Report of the King Institute of Preventive Medicine, Guindy
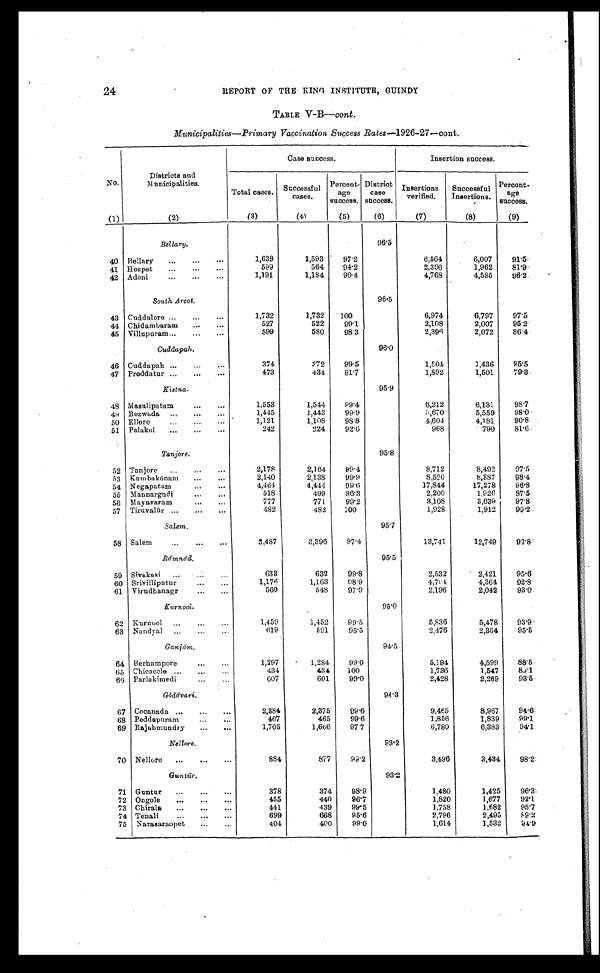
REPORT OF THE KING INSTITUTE, GUINDY
TABLE V-B— cont .
Municipalities—Primary Vaccination Success Rates—1926-27—cont.
Case success.
Insertion success.
N o .
Districts and
M u n i c i p a l i t i e s .
Total cases.
Successful
cases.
Percent-
age
success.
District
case
success.
Insertions
verified.
Successful
Insertions.
Percent-
age
success.
(1)
(2)
(3)
( 4 )
(5)
(6)
(7)
(8)
(9)
Bellary.
96.5
40
Bellary . . .
1,639
1,593
97.2
6,564
6,007
91.5
599
564
94.2
2,396
1,962
81.9
41
Hospet . . .
1,191
1,184
99.4
4,768
4,585
96.2
42
Adoni . . .
South Arcot.
96.5
43
Cuddalore . . .
1,732
1,732
100
6,974
6,797
97.5
44
Chidambaram . . .
527
522
99.1
2,108
2,007
95.2
45
Villupuram . . .
599
580
98.3
2,396
2,072
86.4
Cuddapah.
96.0
46
Cuddapah . . .
374
372
99.5
1,504
1,436
95.5
473
434
91.7
1,892
1,501
79.3
47
Proddatur . . .
Kisna.
95.9
48
Masulipatam . . .
1,553
1,544
99.4
6,212
6,131
98.7
1,445
1,443
99.9
5,670
5,559
98.0
49
Bezwada . . .
1,121
1,108
98.8
4,604
4,181
90.8
50
Ellore . . .
242
224
92.6
968
790
81.6
51
Palakol . . .
Tanjore .
95.8
52
Tanjore . . .
2,173
2,164
99.4
8,712
8,492
97.5
53
Kumbak ō nam . . .
2,140
2,138
99.9
8,526
8,387
98.4
54
Negapatam . . .
4,464
4,444
99.6
17,844
17,278
96.8
55
Mannargudi . . .
518
499
96.3
2,200
1,926
87.5
56 Mayavaram . . .
777
77l
99.2
3,108
3,039
97.8
57
Tiruval ū r
.
.
.
482
482
100
1,928
1,912
99.2
S a l e m .
95.7
58
Salem . . .
3,487
3,396
97.4
13,741
12,749
92.8
Rā mnād.
95.5
59
Sivakasi . . .
633
632
99.8
2,532
2,421
95.6
60
Srivilliputur . . .
1,176
1,163
98.9
4,784
4,364
92.8
61
Virudhanagr . . .
560
548
97.9
2,196
2,042
93.0
Kurnool .
95.0
62
Kurnool . . .
1,459
1,452
99.5
5,836
5,478
93.9
63
Nandyal . . .
619
591
95.5
2,476
2,364
95.5
Ganjām .
94.5
64
Berhampore . . .
1,297
1,284
99.0
5,194
4,599
88.5
65
Chicacole . . .
434
434
100
1,736
1,547
83.1
66
Parlakimedi . . .
607
601
99.0
2,428
2,289
93.5
Gōdā vari .
94.3
67
Cocanada . . .
2,384
2,375
99.6
9,465
8,967
94.6
68
Peddapuram . . .
467
465
99.6
1,856
1,839
99.1
69
Rajahmundry . . .
1,705
1,666
97.7
6,780
6,383
94.1
Nellore.
93.2
70
Nellore . . .
884
877
99.2
3,496
3,434
98.2
Guntū r .
93.2
71
Guntur . . .
378
374
98.9
1.480
1,425
96.3
72
Ongole . . .
455
440
96.7
1,820
1,677
92.1
73
Chirala . . .
441
439
99.5
1,758
1,682
95.7
74
Tenali . . .
699
668
95.6
2,796
2,495
89.2
75
Narasaraopet . . .
404
400
99.0
1,614
1,532
94.9
24